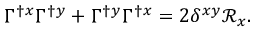
\Gamma ^ { \dagger } { } ^ { x } \Gamma ^ { \dagger } { } ^ { y } + \Gamma ^ { \dagger } { } ^ { y } \Gamma ^ { \dagger } { } ^ { x } = 2 \delta ^ { x y } \mathcal { R } _ { x } .